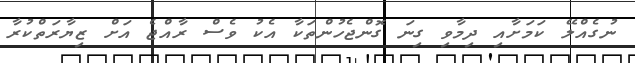
ނުގެއްލޭ ކަމަށާއި ދިމާވި ގިނަ ގޮންޖެހުންތަކާ އެކު ވެސް ރާއްޖެ އަށް ޒިޔާރަތްކުރާ